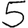
Digit: 5